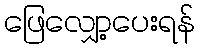
ဖြေလျှော့ပေးရန်